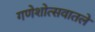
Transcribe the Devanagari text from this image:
गणेशोत्सवातले